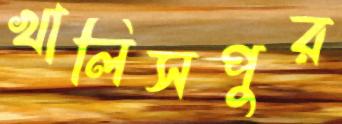
খালিসপুর